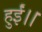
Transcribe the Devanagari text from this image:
हुईं।।